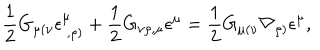
\frac { 1 } { 2 } G _ { \mu ( \nu } \epsilon _ { ~ , \rho ) } ^ { \mu } + \frac { 1 } { 2 } G _ { \nu \rho , \mu } \epsilon ^ { \mu } = \frac { 1 } { 2 } G _ { \mu ( \nu } \nabla _ { \rho ) } \epsilon ^ { \mu } ,